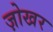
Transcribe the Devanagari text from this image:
ज़ोखर